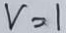
v = 1